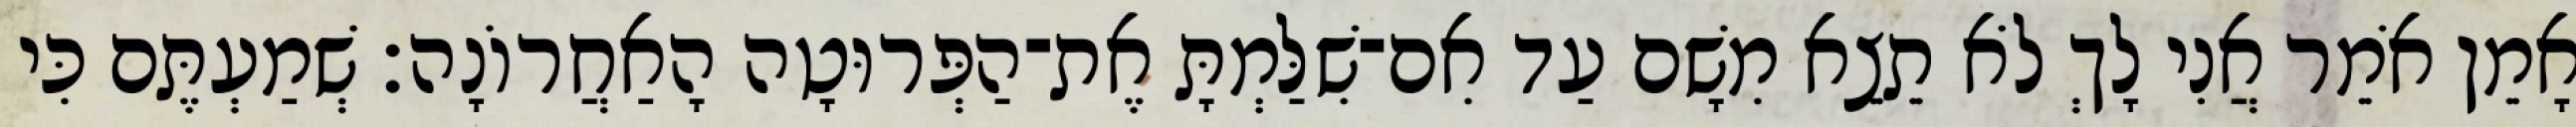
אָמֵן אֹמֵר אֲנִי לָךְ לֹא תֵצֵא מִשָׁם עַד אִם־שִׁלַּמְתָּ אֶת־הַפְּרוּטָה הָאַחֲרוֹנָה׃ שְׁמַעְתֶּם כִּי